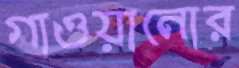
গাওয়ানোর